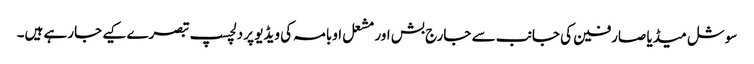
سوشل میڈیا صارفین کی جانب سے جارج بش اور مشعل اوبامہ کی ویڈیو پر دلچسپ تبصرے کیے جارہے ہیں۔